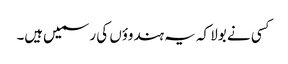
کسی نے بولا کہ یہ ہندوؤں کی رسمیں‌ہیں۔